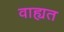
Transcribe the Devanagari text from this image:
वाह्यत